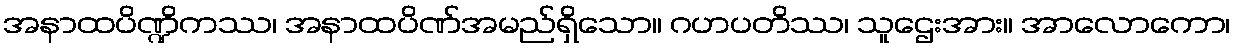
အနာထပိဏ္ဍိကဿ၊ အနာထပိဏ်အမည်ရှိသော။ ဂဟပတိဿ၊ သူဌေးအား။ အာလောကော၊